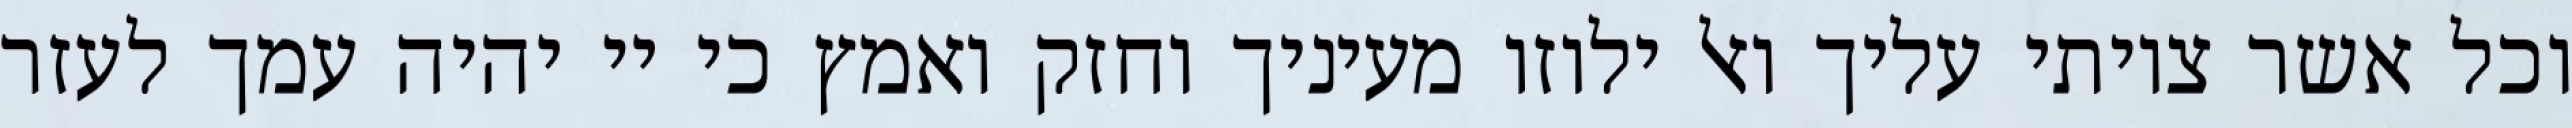
וכל אשר צויתי עליך ואל ילוזו מעיניך וחזק ואמץ כי יי יהיה עמך לעזר